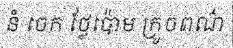
នំ ចេក ថ្លែប៉ោម ក្រូចពណ៌